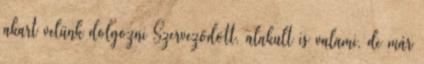
akart velünk dolgozni Szerveződött, alakult is valami, de már